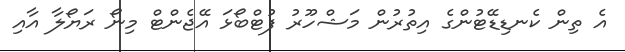
އެ ތިން ކެނޑިޑޭޓުންގެ އިތުރުން މަޝްހޫރު ފުޓްބޯޅަ އޭޖެންޓް މިނޯ ރަޔޯލާ އާއި